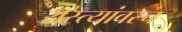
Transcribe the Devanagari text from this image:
रास्त्यांवरच